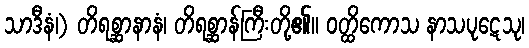
သာဒီနံ၊) တိရစ္ဆာနာနံ၊ တိရစ္ဆာန်ကြီးတို့၏။ ဝတ္ထိကောသ နာသပုဋေသု၊